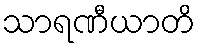
သာရဏီယာတိ